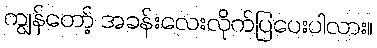
ကျွန်တော့် အခန်းလေးလိုက်ပြပေးပါလား။